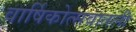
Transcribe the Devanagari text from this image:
वार्षिकोत्सवातली